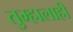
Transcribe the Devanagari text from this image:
तुम्हालाही